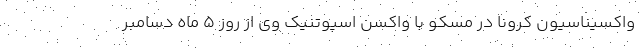
واکسیناسیون کرونا در مسکو با واکسن اسپوتنیک وی از روز ۵ ماه دسامبر